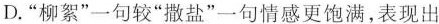
D.”柳絮”一句较”撒盐”一句情感更饱满，表现出